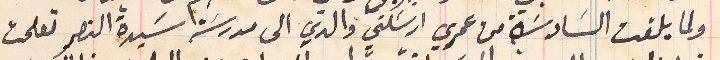
ولما بلغت السَادسَة من عمري ارسَلني والدي الى مدرسَة سَيدة النصر تعلمت